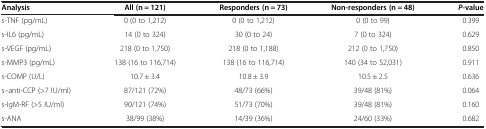
| Analysis | All (n = 121) | Responders (n = 73) | Non-responders (n = 48) | P-value |
 | --- | --- | --- | --- | --- |
 | s-TNF (pg/mL) | 0 (0 to 1,212) | 0 (0 to 1,212) | 0 (0 to 99) | 0.399 |
 | s-IL6 (pg/mL) | 14 (0 to 324) | 30 (0 to 24) | 7 (0 to 324) | 0.629 |
 | s-VEGF (pg/mL) | 218 (0 to 1,750) | 218 (0 to 1,188) | 212 (0 to 1,750) | 0.850 |
 | s-MMP3 (pg/mL) | 138 (16 to 116,714) | 138 (16 to 116,714) | 140 (34 to 52,031) | 0.911 |
 | s-COMP (U/L) | 10.7 ± 3.4 | 10.8 ± 3.9 | 10.5 ± 2.5 | 0.636 |
 | s–anti-CCP (>7 IU/ml) | 87/121 (72%) | 48/73 (66%) | 39/48 (81%) | 0.064 |
 | s-IgM-RF (>5 IU/ml) | 90/121 (74%) | 51/73 (70%) | 39/48 (81%) | 0.160 |
 | s-ANA | 38/99 (38%) | 14/39 (36%) | 24/60 (33%) | 0.682 |